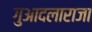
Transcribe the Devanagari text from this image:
गुआदलाराजा